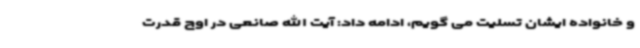
و خانواده ایشان تسلیت می گویم، ادامه داد: آیت الله صانعی در اوج قدرت